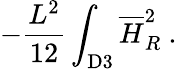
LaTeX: -{\frac{L^{2}}{12}}\int_{\mathrm{D3}}{\overline{{H}}}_{R}^{2}~.